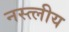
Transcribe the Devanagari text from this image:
नस्त्लीय